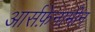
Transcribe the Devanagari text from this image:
आर्सफ़ेनामीन